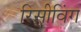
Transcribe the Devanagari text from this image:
रिसीविंग